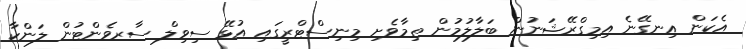
އެކަން އިނގޭނެ އިމިގްރޭޝަނުން ބަލާލުމުން ތިމާވެށި މިނިސްޓްރީގައި އުޅޭ ސިވިލް ސާރވެންޓުން ލަންކާ